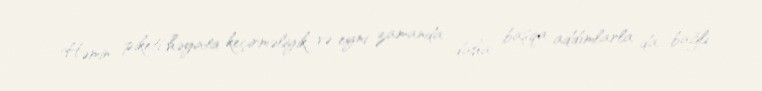
Həmin piketi həyata keçirməliyik və eyni zamanda daha başqa addımlarla da bağlı